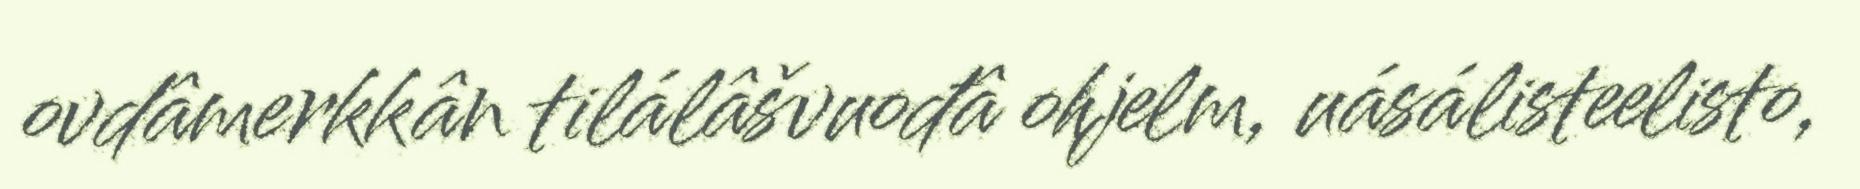
ovdâmerkkân tilálâšvuođâ ohjelm, uásálisteelisto,